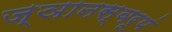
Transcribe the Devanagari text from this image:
ज्ञानस्वरूपं